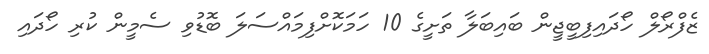
ޒެފްރޯލް ހޯދައިފިބީޖީން ބައިބަލާ ތަށީގެ 10 ހަމަކޮށްފިމައްސަލަ ބޮޑުވި ސެމީން ކުރި ހޯދައި